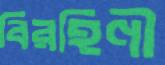
বিরহিণী